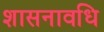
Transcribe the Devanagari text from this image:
शासनावधि